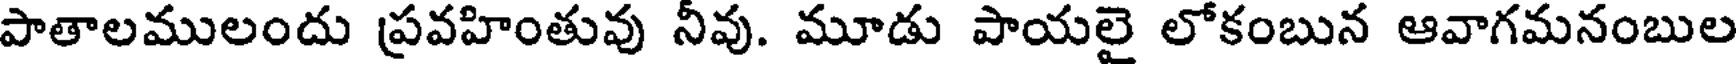
పాతాలములందు ప్రవహింతువు నీవు. మూడు పాయలై లోకంబున ఆవాగమనంబుల